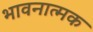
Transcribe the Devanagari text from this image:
भावनात्मक